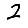
Digit: 2